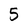
Character: 5